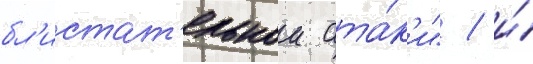
бл'истат'ельнои ата́к'и" / и́